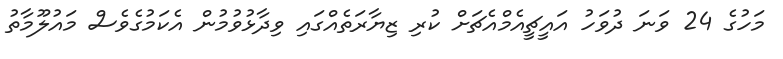
މަހުގެ 24 ވަނަ ދުވަހު އައީޗީއެމްއެޗަށް ކުރި ޒިޔާރަތެއްގައި ވިދާޅުވުމުން އެކަމުގެވެސް މައުލޫމާތު